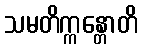
သမတိက္ကန္တောတိ